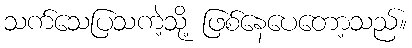
သက်သေပြသကဲ့သို့ ဖြစ်နေပေတော့သည်။